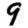
Digit: 9